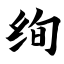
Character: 绚